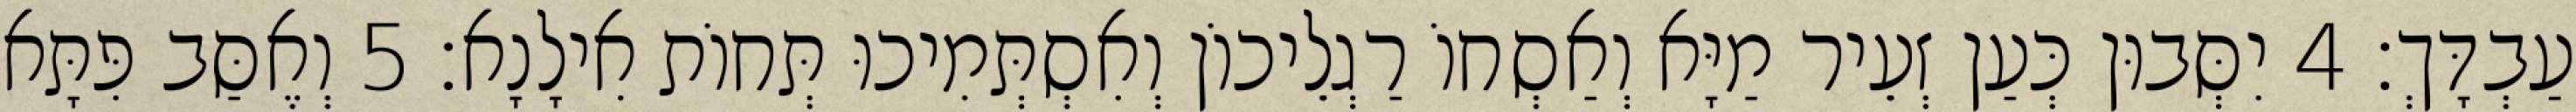
עַבְדָּךְ׃ 4 יִסְּבוּן כְּעַן זְעֵיר מַיָּא וְאַסְחוֹ רַגְלֵיכוֹן וְאִסְתְּמִיכוּ תְּחוֹת אִילָנָא׃ 5 וְאֶסַּב פִּתָּא